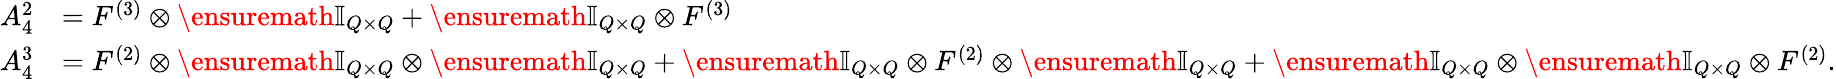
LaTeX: \begin{array}{rl}{A_{4}^{2}}&{=F^{(3)}\otimes\ensuremath{\mathbb{I}_{Q\times Q}}+\ensuremath{\mathbb{I}_{Q\times Q}}\otimes F^{(3)}}\\ {A_{4}^{3}}&{=F^{(2)}\otimes\ensuremath{\mathbb{I}_{Q\times Q}}\otimes\ensuremath{\mathbb{I}_{Q\times Q}}+\ensuremath{\mathbb{I}_{Q\times Q}}\otimes F^{(2)}\otimes\ensuremath{\mathbb{I}_{Q\times Q}}+\ensuremath{\mathbb{I}_{Q\times Q}}\otimes\ensuremath{\mathbb{I}_{Q\times Q}}\otimes F^{(2)}.}\end{array}